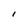
Character: I